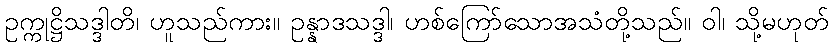
ဥက္ကုဋ္ဌိသဒ္ဒါတိ၊ ဟူသည်ကား။ ဥန္နာဒသဒ္ဒါ၊ ဟစ်ကြော်သောအသံတို့သည်။ ဝါ၊ သို့မဟုတ်